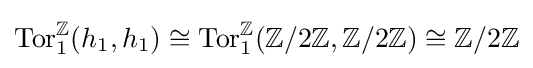
\mathrm {Tor} _{1}^{\mathbb {Z} }(h_{1},h_{1})\cong \mathrm {Tor} _{1}^{\mathbb {Z} }(\mathbb {Z} /2\mathbb {Z} ,\mathbb {Z} /2\mathbb {Z} )\cong \mathbb {Z} /2\mathbb {Z}